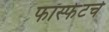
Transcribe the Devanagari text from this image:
फॉस्फेटचे